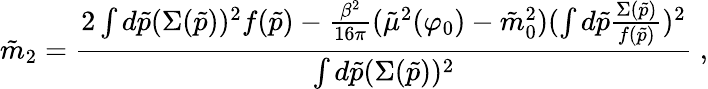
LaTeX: \tilde{m}_{2}={\frac{2\int d\tilde{p}(\Sigma(\tilde{p}))^{2}f(\tilde{p})-{\frac{\beta^{2}}{16\pi}}(\tilde{\mu}^{2}(\varphi_{0})-\tilde{m}_{0}^{2})(\int d\tilde{p}{\frac{\Sigma(\tilde{p})}{f(\tilde{p})}})^{2}}{\int d\tilde{p}(\Sigma(\tilde{p}))^{2}}}\; ,